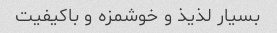
بسیار لذیذ و خوشمزه و باکیفیت